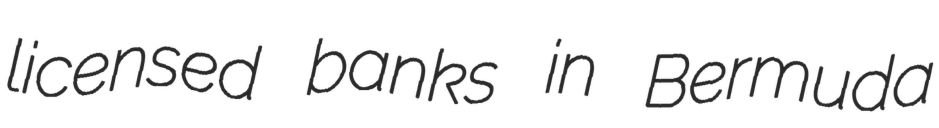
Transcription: licensed banks in Bermuda